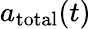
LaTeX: a_{\mathrm{total}}(t)